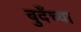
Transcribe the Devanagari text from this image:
बुदँच्या